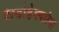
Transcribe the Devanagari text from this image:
ऐल्डोहेक्सोस